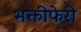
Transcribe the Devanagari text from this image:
भक्तीफेरी